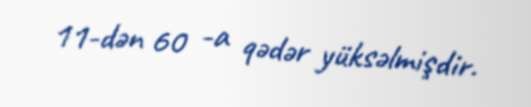
11-dən 60 -a qədər yüksəlmişdir.